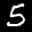
Label: 5